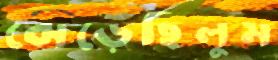
ঝেড়েছিলুম